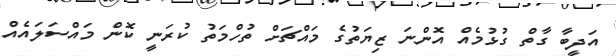
އަދީބާ ގާތް ގުޅުމެއް އޮންނަ ޒިޔަތުގެ މައްޗަށް ތުހްމަތު ކުރަނީ ކޮން މައްސަލައެއް